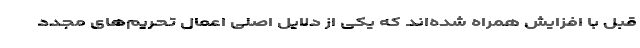
قبل با افزایش همراه شده‌اند که یکی از دلایل اصلی اعمال تحریم‌های مجدد